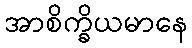
အာစိက္ခိယမာနေ